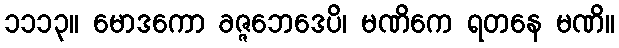
၁၁၁၃။ မောဒကော ခဇ္ဇဘေဒေပိ၊ မဏိကေ ရတနေ မဏိ။